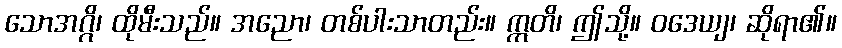
သောအဂ္ဂိ၊ ထိုမီးသည်။ အညော၊ တစ်ပါးသာတည်း။ ဣတိ၊ ဤသို့။ ဝဒေယျ၊ ဆိုရာ၏။